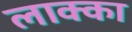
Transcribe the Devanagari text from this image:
लाक्का